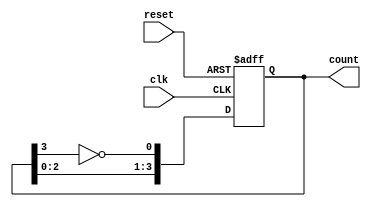
module johnson_counter #(
    parameter N = 4  // Number of flip-flops
) (
    input wire clk,        // Clock signal
    input wire reset,      // Asynchronous reset
    output reg [N-1:0] count // Current state of the counter
);

    // Always block triggered on the rising edge of the clock or the reset signal
    always @(posedge clk or negedge reset) begin
        if (!reset) begin
            // Reset the counter to 0
            count <= 0;
        end else begin
            // Johnson counter logic
            count <= {count[N-2:0], ~count[N-1]}; // Shift and feed back inverted last bit
        end
    end

endmodule